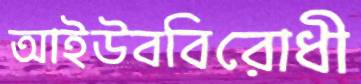
আইউববিরোধী